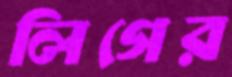
লিগের